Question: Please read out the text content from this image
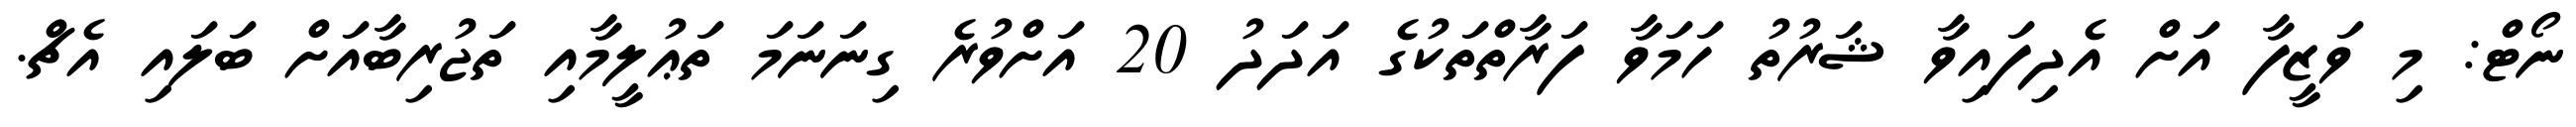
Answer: ނޯޓް: މި ވަޒީފާ އަށް އެދިފައިވާ ޝަރުތު ހަމަވާ ފަރާތްތަކުގެ އަދަދު 20 އަށްވުރެ ގިނަނަމަ ތަޢުލީމާއި ތަޖުރިބާއަށް ބަލައި އެޗް.